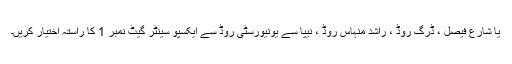
یا شارع فیصل ، ڈرگ روڈ ، راشد منہاس روڈ ، نیپا سے یونیورسٹی روڈ سے ایکسپو سینٹر گیٹ نمبر 1 کا راستہ اختیار کریں۔